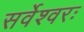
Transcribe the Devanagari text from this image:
सर्वेश्वरः